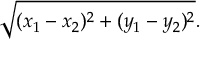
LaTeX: { \sqrt { ( x _ { 1 } - x _ { 2 } ) ^ { 2 } + ( y _ { 1 } - y _ { 2 } ) ^ { 2 } } } .